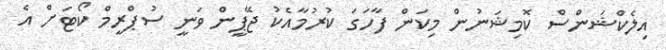
އިލެކްޝަންސް ކޮމިޝަނުން މިކަން ފާހަގަ ކުރުމާއެކު ޖޭޕީން ވަނީ ސުޕްރީމް ކޯޓަށް އެ